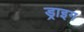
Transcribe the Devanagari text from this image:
ड्राइग